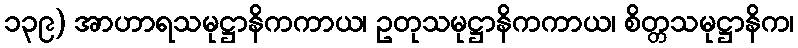
၁၃၉) အာဟာရသမုဋ္ဌာနိကကာယ၊ ဥတုသမုဋ္ဌာနိကကာယ၊ စိတ္တသမုဋ္ဌာနိက၊